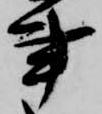
事